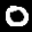
Label: 0